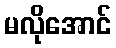
မလိုအောင်